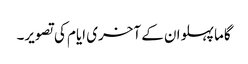
گاما پہلوان کے آخری ایام کی تصویر۔